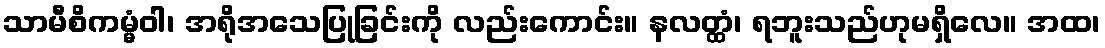
သာမီစိကမ္မံဝါ၊ အရိုအသေပြုခြင်းကို လည်းကောင်း။ နလတ္ထံ၊ ရဘူးသည်ဟုမရှိလေ။ အထ၊